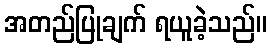
အတည်ပြုချက် ရယူခဲ့သည်။